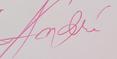
Signature authenticity: genuine